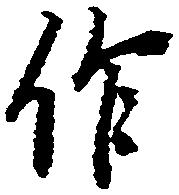
作